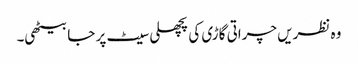
وہ نظریں چراتی گاڑی کی پچھلی سیٹ پر جا بیٹھی۔